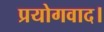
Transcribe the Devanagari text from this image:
प्रयोगवाद।